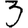
Digit: 3